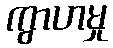
ကွာဟမှု